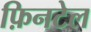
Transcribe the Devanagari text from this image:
फ़िनटेल